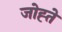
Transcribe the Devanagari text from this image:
जोह्ते